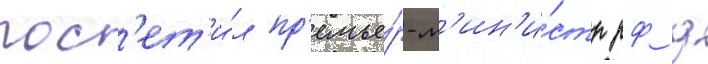
пос'ет'и́л пр'емье́р-м'ин'и́стр рф д